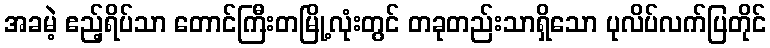
အခမဲ့ ဧည့်ရိပ်သာ တောင်ကြီးတမြို့လုံးတွင် တခုတည်းသာရှိသော ပုလိပ်လက်ပြတိုင်